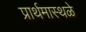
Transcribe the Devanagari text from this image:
प्रार्थमास्थळे